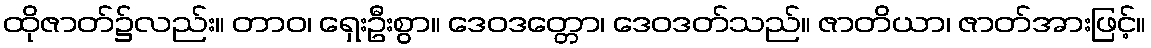
ထိုဇာတ်၌လည်း။ တာဝ၊ ရှေးဦးစွာ။ ဒေဝဒတ္တော၊ ဒေဝဒတ်သည်။ ဇာတိယာ၊ ဇာတ်အားဖြင့်။